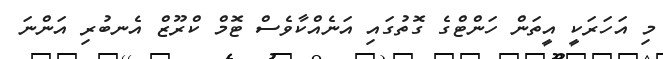
މި އަހަރަކީ އީތަން ހަންޓްގެ ގޮތުގައި އަނެއްކާވެސް ޓޮމް ކްރޫޒް އެނބުރި އަންނަ